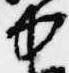
中